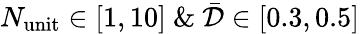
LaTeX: N_{\mathrm{unit}}\in[1,10]\ \& \ \bar{\mathcal{D}}\in[0.3,0.5]